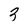
Character: 3